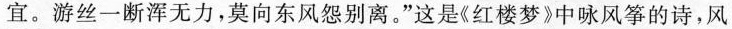
宜。游丝一断浑无力，莫向东风怨别离。”这是《红楼梦》中咏风筝的诗，风